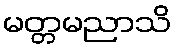
မတ္တမညာသိ